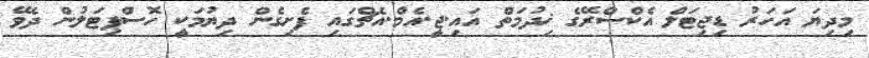
މިދިޔަ އަހަރު ޑިޖިޓަލް އެކްސްރޭގެ ޚިދުމަތް އައި.ޖީ.އެމް.އެޗްގައި ފެށިގެން ދިޔުމަކީ ހޮސްޕިޓަލުން ދެވޭ